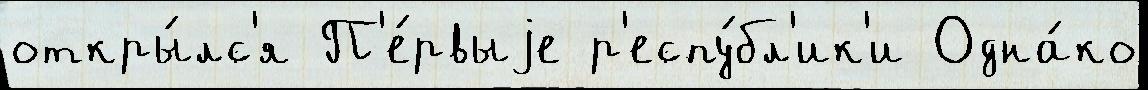
откры́лс'я П'е́рвыjе р'еспу́бл'ик'и Одна́ко